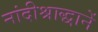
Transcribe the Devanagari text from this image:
नांदीश्राद्धानें